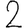
Digit: 2